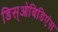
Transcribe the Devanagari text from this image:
डिस्‌ओबिडिएंस